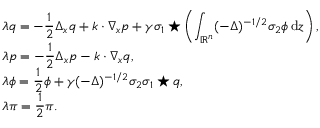
\begin{array} { r l } & { \lambda q = - \displaystyle \frac { 1 } { 2 } \Delta _ { x } q + k \cdot \nabla _ { x } p + \gamma \sigma _ { 1 } \star \left( \displaystyle \int _ { \mathbb R ^ { n } } ( - \Delta ) ^ { - 1 / 2 } \sigma _ { 2 } \phi \, { \mathrm { d } } z \right) , } \\ & { \lambda p = - \displaystyle \frac 1 2 \Delta _ { x } p - k \cdot \nabla _ { x } q , } \\ & { \lambda \phi = \displaystyle \frac 1 2 \phi + \gamma ( - \Delta ) ^ { - 1 / 2 } \sigma _ { 2 } \sigma _ { 1 } \star q , } \\ & { \lambda \pi = \displaystyle \frac 1 2 \pi . } \end{array}